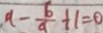
a - \frac { b } { a } + 1 = 0